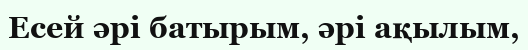
Есей әрі батырым, әрі ақылым,